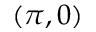
( \pi , 0 )